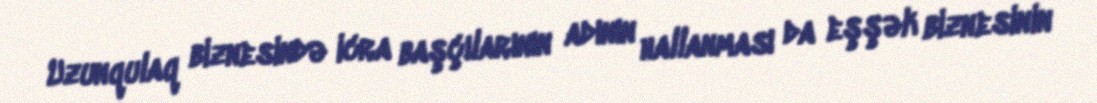
Uzunqulaq biznesində icra başçılarının adının hallanması da eşşək biznesinin